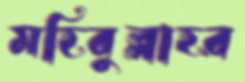
মহিবুল্লাহর